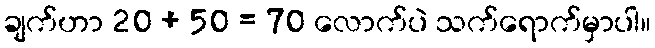
ချက်ဟာ 20 + 50 = 70 လောက်ပဲ သက်ရောက်မှာပါ။